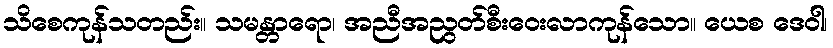
သိစေကုန်သတည်း။ သမန္တာရော၊ အညီအညွတ်စီးဝေးလာကုန်သော။ ယေစ ဒေဝါ၊